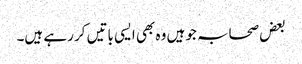
بعض صحابہ جو ہیں وہ بھی ایسی باتیں کر رہے ہیں۔